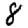
Digit: 8